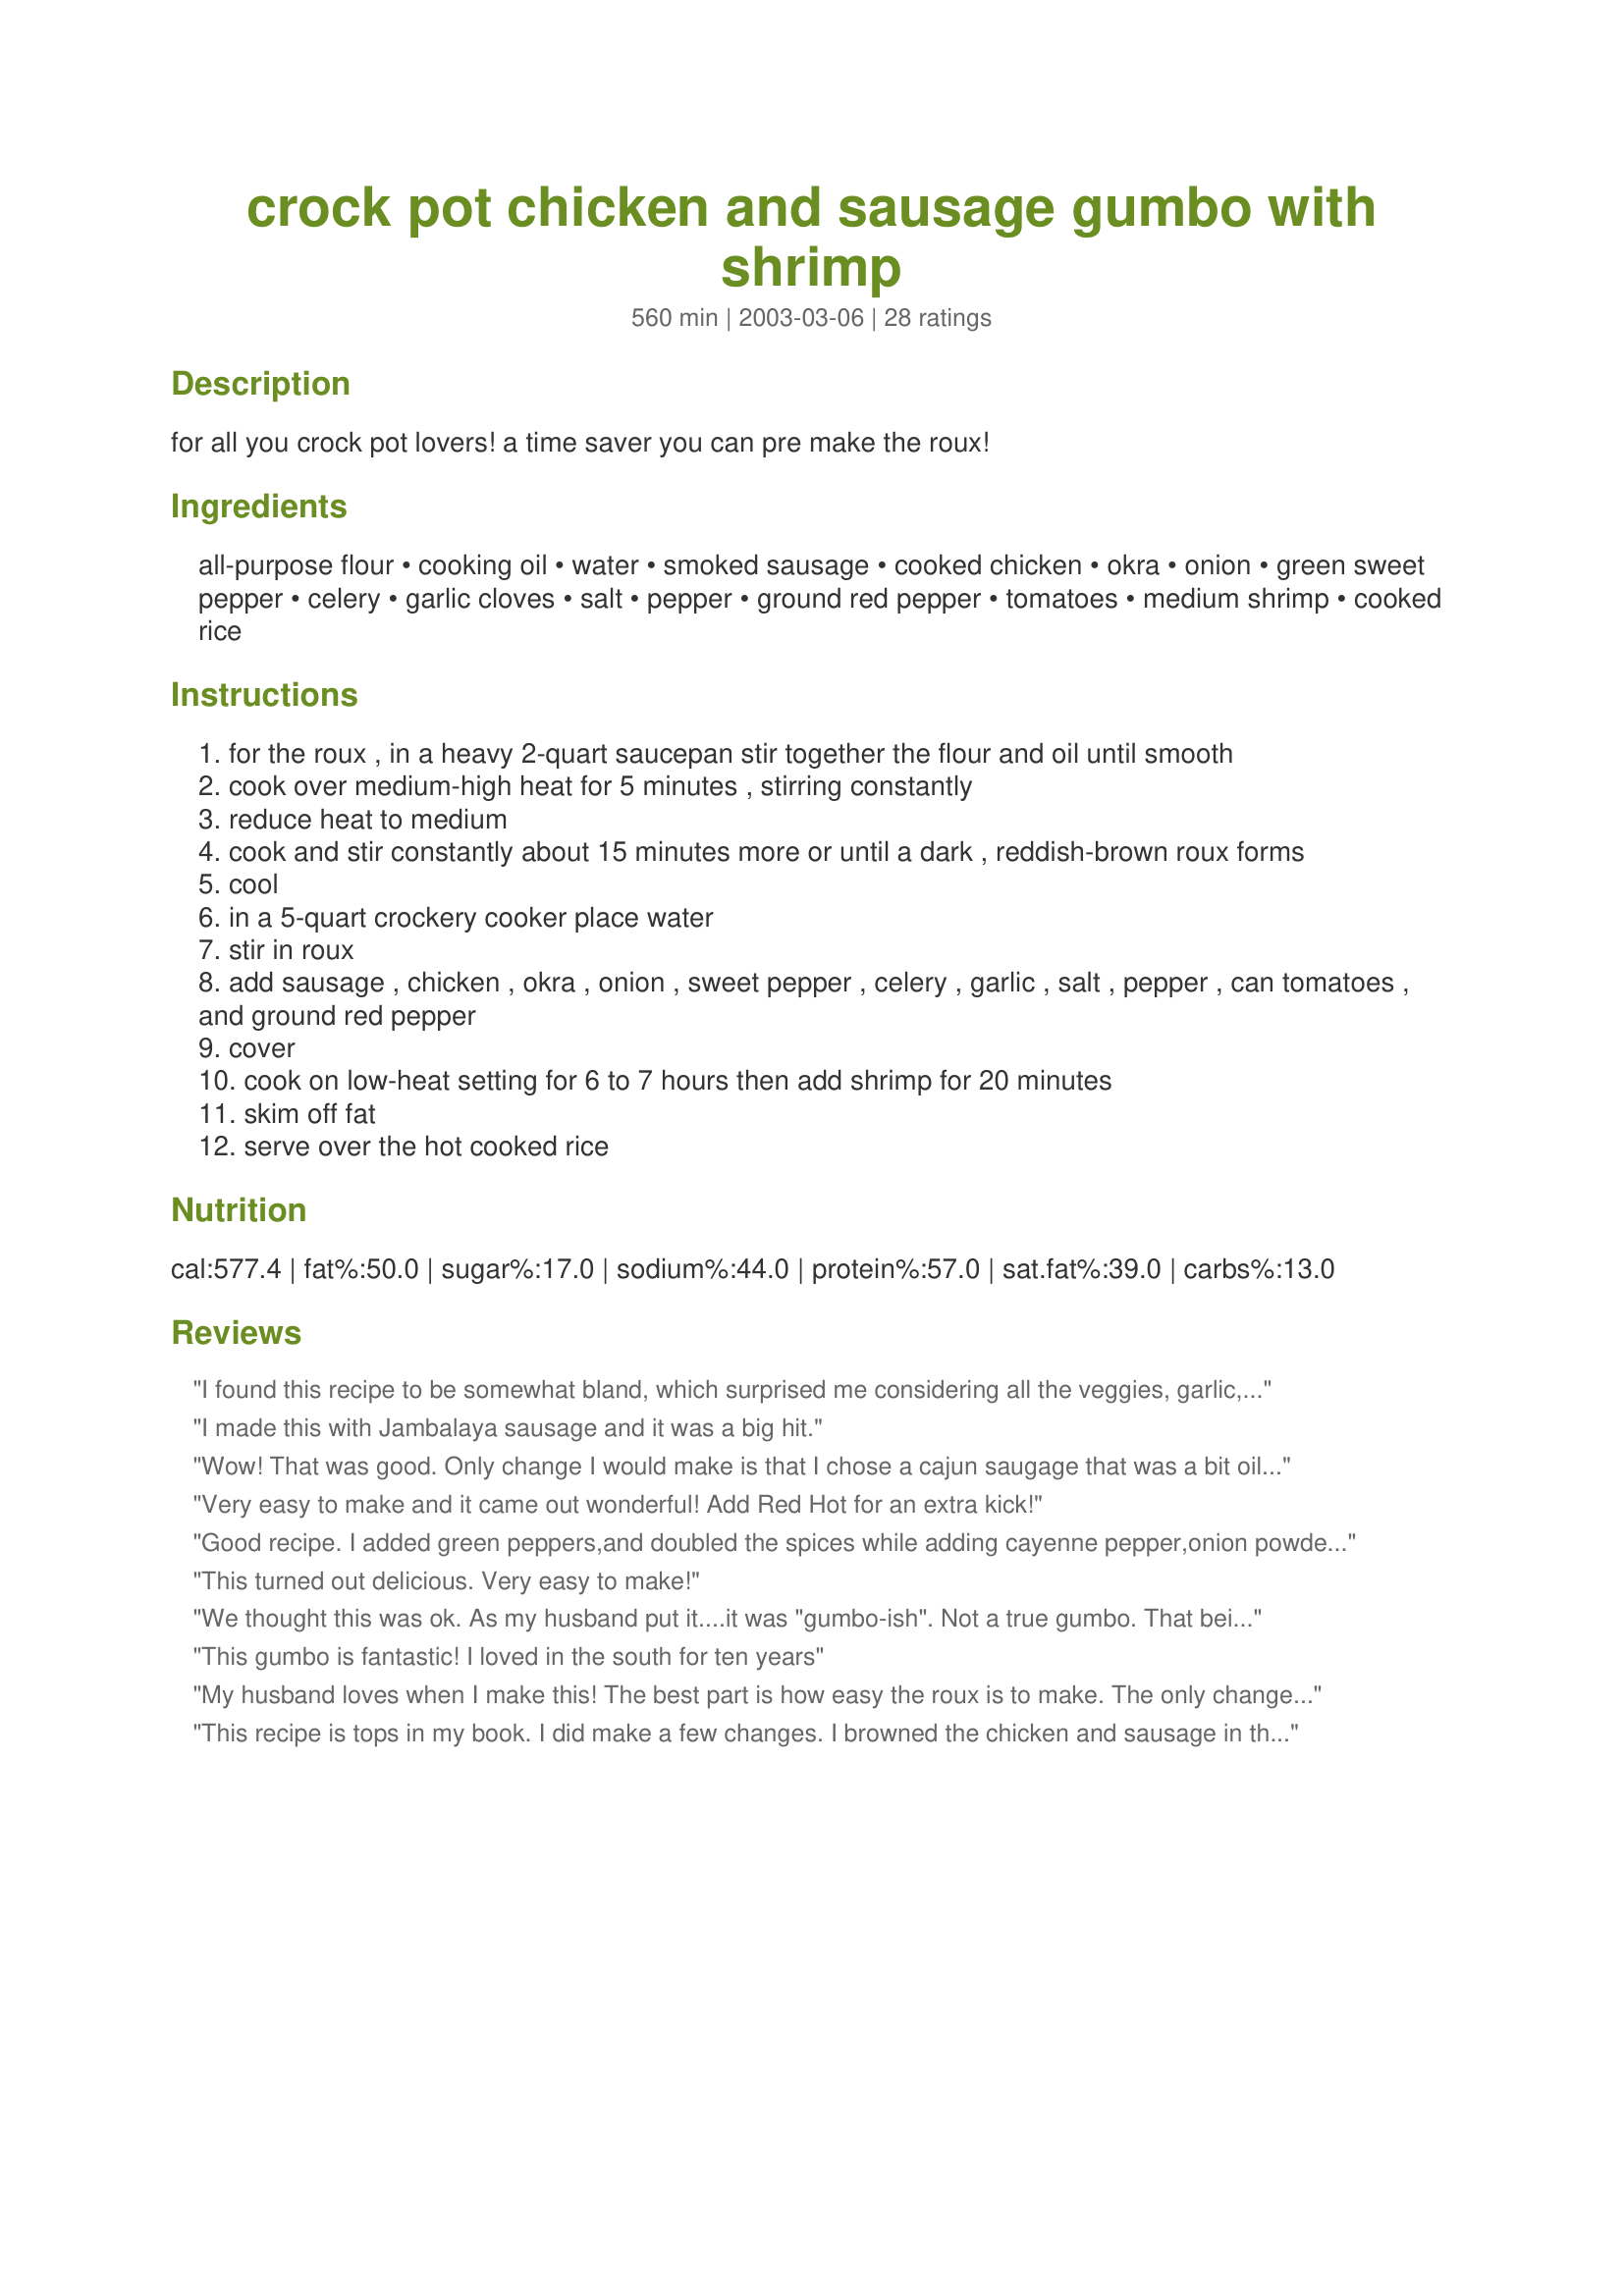
crock pot chicken and sausage gumbo with shrimp
Preparation time: 560 minutes

for all you crock pot lovers! a time saver you can pre make the roux!

Ingredients:
all-purpose flour, cooking oil, water, smoked sausage, cooked chicken, okra, onion, green sweet pepper, celery, garlic cloves, salt, pepper, ground red pepper, tomatoes, medium shrimp, cooked rice

Steps:
for the roux , in a heavy 2-quart saucepan stir together the flour and oil until smooth
cook over medium-high heat for 5 minutes , stirring constantly
reduce heat to medium
cook and stir constantly about 15 minutes more or until a dark , reddish-brown roux forms
cool
in a 5-quart crockery cooker place water
stir in roux
add sausage , chicken , okra , onion , sweet pepper , celery , garlic , salt , pepper , can tomatoes , and ground red pepper
cover
cook on low-heat setting for 6 to 7 hours then add shrimp for 20 minutes
skim off fat
serve over the hot cooked rice

Reviews:
I found this recipe to be somewhat bland, which surprised me considering all the veggies, garlic, etc. I'm going to add some Louisiana Hot Sauce and a little more salt to the leftovers. Hopefully this will help.
I made this with Jambalaya sausage and it was a big hit.
Wow! That was good. Only change I would make is that I chose a cajun saugage that was a bit oily. Next time I would choose maybe a spicy turkey saugage. I am with one of the previous posts about kicking it up a notch with some hot sause - Bam! What a great recipe. Thank you.
Very easy to make and it came out wonderful! Add Red Hot for an extra kick!
Good recipe. I added green peppers,and doubled the spices while adding cayenne pepper,onion powder,thyme,and a little garlic powder. I seared the sausage and finished it in the oven,and browned the chicken in the remaining sausage grease. Will definitely be making this again.
This turned out delicious. Very easy to make!
We thought this was ok. As my husband put it....it was "gumbo-ish". Not a true gumbo. That being said, other Gumbos we have made have taken HOURS and this one you just threw together and walked away while it cooked. So, I guess we can't really complain, right? All in all a tasty recipe that I will make again, but if I am looking for a true gumbo, I will spend the time to do it.
This gumbo is fantastic! I loved in the south for ten years
My husband loves when I make this! The best part is how easy the roux is to make. The only change is I season my chicken with cajun seasoning. I am very liberal with the cajun seasoning both on the chicken and in the gumbo. I also use brown rice (made in a rice cooker because it tastes better/has a better consistency that way) and turkey sausage. We make a big bowl of this, add some cornbread and eat to our hearts&#039; delight! :)
This recipe is tops in my book. I did make a few changes. I browned the chicken and sausage in the oil and made the roux from the drippings. I added 1 1/2 teaspoon of file gumbo seasoning. I also cheated and used a pakage of frozen gumbo vegetables which made it really fast and easy. The flavor was perfect and I plan to use this one over and over. Thanks for sharing Rita!!!
OH, MY Gosh, this Gumbo is Delicious. Made it just like it said , except used red pepper flakes. DH loved it. Recipe is definitely a keeper, Thanks Rita.
I made this last night and it turned out delicious!!! My sweet hubby normally makes his from scratch on the stove, and it's very good. Last night though he told me that the gumbo making is now my job...lol...so he definitely gave it 5 stars! :) This was also my first attempt at ever making gumbo, so anybody out there can do this! :) I've always been intimidated by the roux, but it was so easy! I'm a Louisiana girl as well, so this was every bit Louisiana as New Orleans is...lol...For me it was spicy enough. Probably because of the sausage I used along with the cayenne pepper I added. I also added crawfish since we were out of shrimp! :) Soooo good. Having the leftovers for dinner tonight after church! Can't wait to see how good it tastes after it sits in the fridge!
The reviews on this recipe do not lie! This is awesome and so delicious. I too browned the chicken in the sausage drippings, and I also used 1/2 tsp of cayenne instead of 1/4 tsp and the heat was perfect. The roux was also exactly right and the last time I tried to make gumbo I definitely did not get it right. I wouldn&#039;t say this is super easy, there are a lot of steps but once it&#039;s in the crockpot you&#039;re done and it is well worth it!!
I made this last night and it surprised my whole family as a hit. My picky 16-year old football player had 2 heaping bowls of it and asked me to make it again soon. &lt;br/&gt;I did do a few things differently because we&#039;re not all of the Spicey variety! I used regular sausage and steamed it, along with chicken. I used a small can of green chiles cut up instead of the jalape&ntilde;o. I served it over orzo and then for 3 of the 4 family members, stirred in a little bit of sour cream to cut the heat from the Cayenne. There are not leftovers, so this is a keeper recipe!
Whole family loved it! I am not a big fan of okra, but I just ate around it, still tasted great :)
Delicious! The best gumbo we've had in a long time and the directions were excellent and simple to follow! Thanks Rita for posting this recipe. We will definitely be making this again.
Have never make gumbo before. Based on some things I had in the house that needed to be used, I decide to try. This was awesome. It was easy, oh so flavorful and used my favorite kitchen tool, my crock pot! Will definitely make again.
This was a bit hit at our house. The timing of the roux is exactly right. I used andouille sausage and browned my chicken with it together. I added fresh peeled shrimp 20 minutes at the end. One of my son's loved the heat and the other doused it with hot sauce. Next time I think I will add some file as I like that taste. Made for Photo Tag.
I had to make this for a work function. I had never made this or eaten it! Made this recipe using Rotisserie chicken & added 1 tsp Frank's Red Hot. It was a HUGE hit!! Wonderful Recipe!! Thank You,Thank You!! (: Had SO many requests for the recipe!!
Used this recipe for a Ladies' Nite Out at church in Alabama and now all the ladies want it! I'm from Louisiana and it totally reminds me of home! Nicely done. :)
Had to add Cajun seasoning to spice it up. It was right on the second day! all the flavors had soaked together! Excellent!
We really liked this! I made as written, except omitted the chicken because I am allergic to it and increased the sausage and shrimp slightly. DH had JUST started weight watchers when I made this (I had bought the ingredients before he had decided, so I told him too bad I was making it anyway) and to our surprise it was only 13 points per serving. I know for some thats alot, but it worked well for him.
Made this about 4hrs ago on my crock pot. Taste so good! I added a bit more sausage though. My kids loved it!
I made this recipe for myself and decided to share left overs with my co-workers the next day. I have never had more of my friends rave about a meal like this one. The following day I had to bring copies of the recipe to hand out. Some have made it and said their families now beg to have it over and over again. I made simple changes to the recipe to simplify. I used a bag of frozen gumbo veg. that included all the original veggies plus corn. and used bottled minced garlic. And I used cajun seasoning salt instead of regular salt. Thats it. It is truly a FABULOUS recipe !!!! deserves 10 stars!!!!!!
Don&#039;t put off making gumbo, get out your crock pot and make this one today! &lt;br/&gt;&lt;br/&gt;Mea culpa, I&#039;d been promising my nearest and dearest gumbo since April. Gumbo takes forever to make, I had to find file, and authentic Andouille sausage, I needed to research and get a new Dutch Oven because a gumbo would surely stick and burn in our old one, blah blah blah ...&lt;br/&gt;&lt;br/&gt;Last night my nearest/dearest was called out on an emergency project, and I knew he&#039;d come home exhausted and starving. &quot;There&#039;s no better time to make a big pot of man-pleasing food, and he&#039;ll never notice he&#039;s been slipped a short-cut gumbo!&quot; &lt;br/&gt;&lt;br/&gt;My local grocery store provided frozen okra and surprisingly tasty packaged Andouille sausage. It was late, and I was practically falling asleep while getting everything into the crock pot. The only changes I made were pretty basic: I browned the sausage and then cooked the sliced chicken breast, then added the oil to the same pan to scoop up the yummy browned/burned bits. And I rubbed the chicken with some homemade Cajun seasoning, heavy on the cayenne pepper. Into the crock pot and off to bed.&lt;br/&gt;&lt;br/&gt;At 5am he shook me awake. &quot;It&#039;s WAY good!&quot; &lt;br/&gt;&lt;br/&gt;Now it&#039;s almost 4pm and he&#039;s eaten the entire batch. There&#039;s one little serving left in tupperware. Oops, I just realized I forgot the shrimp!
This recipe is excellent. I made it two nights ago in the hopes it would be similar to the Gumbo served at one of my favorite resaurants. It was my first attempt at Gumbo and it turned out fantastic! The only thing I did different was that I added a little flour at the end to thicken it.
Very goo recipe. Tried this last week and it turned out great. Never made gumbo before this because I was intimidated by makink roux. It truelly isnt difficult, and I am glad I tried this recipe. The only this I did different was grill the chicken and sausage on the grill. It gave the gumbo a great flavor. I also added extra chicken and shrimp.
I am going to say that considering how much this made (LOTS) and how little was left (practically nothing), it was a hit! Man, stirring the roux . . . my arm still hurts! :) Great recipe, even DD liked it, and I liked that I could have a shrimp dish and she could eat the same dish without complaining. It just took judicious ladling to avoid shrimp. :)
